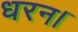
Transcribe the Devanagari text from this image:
धरन।